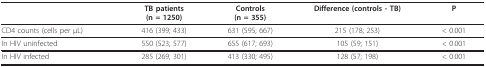
<table><thead><tr><td></td><td><b>TB patients(n = 1250)</b></td><td><b>Controls(n = 355)</b></td><td><b>Difference (controls - TB)</b></td><td><b>P</b></td></tr></thead><tbody><tr><td>CD4 counts (cells per μL)</td><td>416 (399; 433)</td><td>631 (595; 667)</td><td>215 (178; 253)</td><td>&lt; 0.001</td></tr><tr><td>In HIV uninfected</td><td>550 (523; 577)</td><td>655 (617; 693)</td><td>105 (59; 151)</td><td>&lt; 0.001</td></tr><tr><td>In HIV infected</td><td>285 (269; 301)</td><td>413 (330; 495)</td><td>128 (57; 198)</td><td>&lt; 0.001</td></tr></tbody></table>